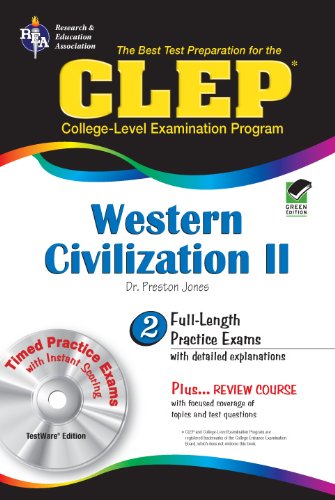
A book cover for CLEPÂ® Western Civilization II w/CD (CLEP Test Preparation); Dr. Preston Jones Ph.D.; Test Preparation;